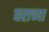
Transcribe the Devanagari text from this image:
घराच्‍या